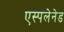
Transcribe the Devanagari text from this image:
एस्पलेनेड